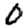
Digit: 0